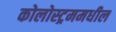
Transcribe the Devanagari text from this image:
कोलोस्ट्रममधील